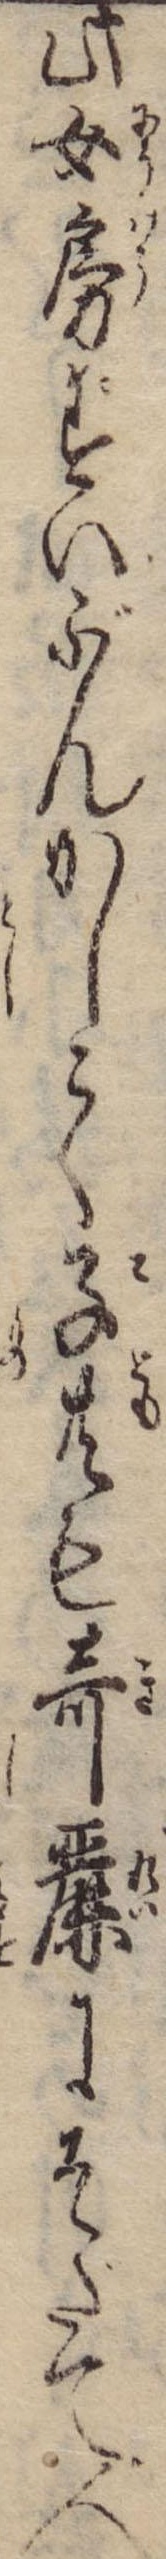
此女房ずいぶんかしこく子共も奇麗にそだて人